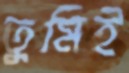
তুমিই